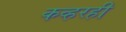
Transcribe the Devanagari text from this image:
कव्हरही